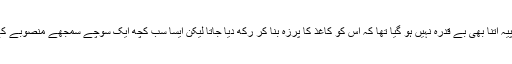
باالفاظ دیگر روپیہ اتنا بھی بے قدرہ نہیں ہو گیا تھا کہ اس کو کاغذ کا پرزہ بنا کر رکھ دیا جاتا لیکن ایسا سب کچھ ایک سوچے سمجھے منصوبے کے تحت کیا گیا۔